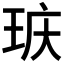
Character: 𮴕